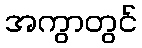
အကွာတွင်